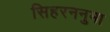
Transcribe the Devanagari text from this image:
सिहरननुमा